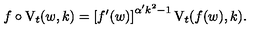
f \circ \mathrm { V } _ { t } ( w , k ) = \left[ f ^ { \prime } ( w ) \right] ^ { \alpha ^ { \prime } k ^ { 2 } - 1 } \mathrm { V } _ { t } ( f ( w ) , k ) .